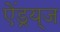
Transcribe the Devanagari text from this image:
ऐंड्रय्‌ज